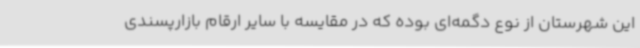
این شهرستان از نوع دگمه‌ای بوده که در مقایسه با سایر ارقام بازارپسندی